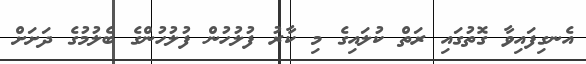
އެނގިފައިވާ ގޮތުގައި ރަތް ކުލައިގެ މި ކާރު ފުލުހުން ފުލުހުންގެ ބެލުމުގެ ދަށަށް